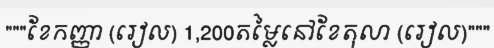
"""ខែកញ្ញា (រៀល) 1,200តម្លៃនៅខែតុលា (រៀល)"""